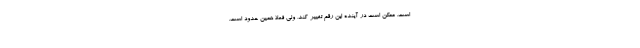
است. ممکن است در آینده این رقم تغییر کند، ولی فعلاً همین حدود است.